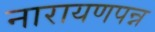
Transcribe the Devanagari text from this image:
नारायणपन्न